Civil Veterinary Dept. Assam report 1911-1927 - 1911-1927
Year: 1911
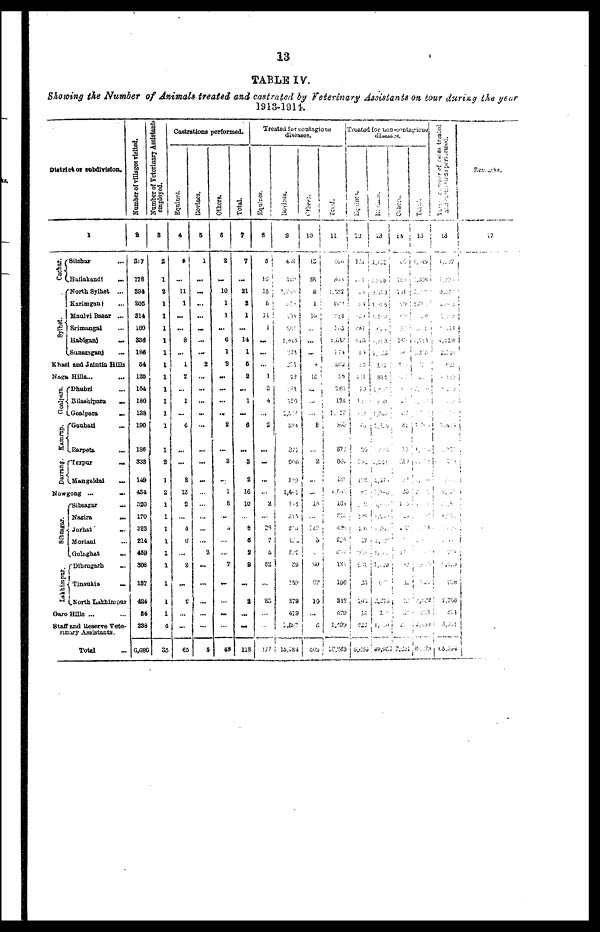
13
TABLE IV.
Showing the Number of Animals treated and castrated by Veterinary Assistants on tour during the year
1913-1314.
District or subdivision.
Cachar.
Sylhet.
1
Silchar ...
Hailakandi ...
North Sylhet ...
Karimganj ...
Maulvi Bazar ...
Srimangal ...
Habiganj
...
Sunamganj ...
Khasi and Jaintia Hills
Nags Hills... ...
Goalpara.
Kamrup.
Darrang.
Dhubri ...
Bilashipara
...
Goalpara
...
Ganhati ...
Barpeta ...
Tezpur
...
Mangaldai
...
Nowgong ...
...
Sibsagar.
Lakhimpur.
Sibsagar ...
Nazira
...
Jorhat
...
Moriairi ...
Golagbat ...
Dibrugarh ...
Tinsusia
...
North Lakhimpur
Garo Hills ...
Staff and Reserve Vete-
rinary Assistants.
Total ...
Number of villages visited.
2
317
178
394
205
314
160
336
186
54
125
154
180
138
190
136
333
149
434
320
170
323
214
459
308
137
424
54
238
6,680
Number of Veterinary Assistants
employed.
3
2
1
2
1
1
1
1
1
1
1
1
1
1
1
1
2
1
2
1
1
1
1
1
1
1
1
1
4
33
Castrations performed.
Equines.
4
4
...
11
1
...
...
8
...
1
2
...
1
...
4
...
...
3
15
2
...
4
6
...
2
...
2
...
...
65
Bovines.
5
1
...
...
...
...
...
...
...
2
...
...
...
...
...
...
...
...
...
...
...
...
...
2
...
...
...
...
...
5
Others.
6
2
...
10
1
1
...
6
1
2
...
...
...
...
2
...
3
...
1
8
...
9
...
...
7
...
...
...
...
48
Total.
7
7
...
21
2
1
...
14
1
5
2
...
1
...
6
...
3
2
16
10
...
8
6
2
9
...
2
...
...
118
Treated for contagious
diseases.
Equines.
8
5
10
18
6
11
1
...
...
...
1
2
4
...
2
...
...
...
...
2
...
29
7
5
52
...
23
...
...
177
Bovines.
9
449
318
1,615
375
72
284
120
2,817
834
322
806
189
1,502
445
313
279
224
287
29
159
279
479
1,392
13,684
Others.
10
10
88
8
8
10
...
...
8
10
...
...
...
8
...
3
...
...
45
...
3
60
67
10
...
6
602
Total.
11
466
865
1,287
214
1,615
874
206
88
280
124
555
877
30
18
1,641
160
234
181
196
312
679
1,699
16,263
Treated for non-contagious
diseases.
Equines.
12
65
35
138
85
27
10
824
6,689
Bovines.
13
2
69,603
Others.
14
2,620
Total.
15
Total number of cases treated
and
performed.
16
Remarks.
17